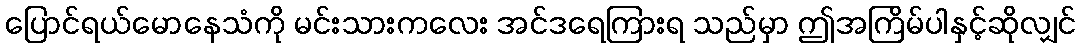
ပြောင်ရယ်မောနေသံကို မင်းသားကလေး အင်ဒရေကြားရ သည်မှာ ဤအကြိမ်ပါနှင့်ဆိုလျှင်